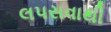
લપસવાથી